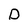
Character: D